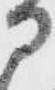
部